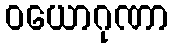
ဝယောဂုဏာ